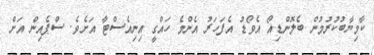
ކާމިޔާބުކުރުމުން ބެލޮންޑިއޯ އެވޯޑު އެފަހަރު އެންމެ ހައްގީ އިނިއެސްޓާ އަށެވެ. ސްޕެއިން އަށް